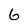
Character: 6